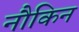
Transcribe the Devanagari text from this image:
नौकिन